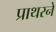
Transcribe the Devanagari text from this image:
प्राथरने